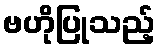
ဗဟိုပြုသည့်